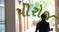
પીરોજ